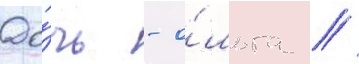
До́чь - о́льга //